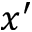
x ^ { \prime }